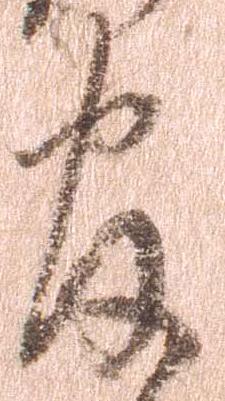
官